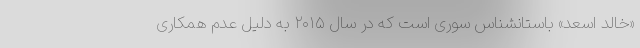
«خالد اسعد» باستانشناس سوری است که در سال ۲۰۱۵ به دلیل عدم همکاری